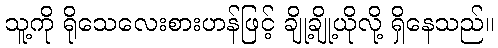
သူ့ကို ရိုသေလေးစားဟန်ဖြင့် ချို့ချို့ယိုလို့ ရှိနေသည်။